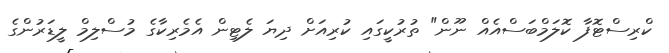
ކްރިސްޓޮފާ ކޮލަމްބަސްއެއް ނޫން" ތުރުކީގައި ކުރިއަށް ދިޔަ ލެޓިން އެމެރިކާގެ މުސްލިމް ލީޑަރުންގެ